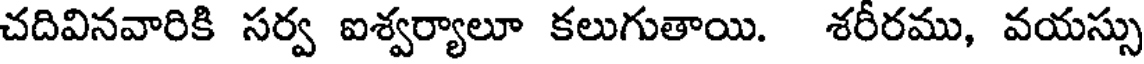
చదివినవారికి సర్వ ఐశ్వర్యాలూ కలుగుతాయి. శరీరము, వయస్సు